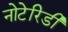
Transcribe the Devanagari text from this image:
नोटेरिडी